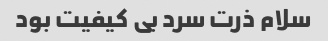
سلام ذرت سرد بی کیفیت بود